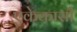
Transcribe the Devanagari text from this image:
एकेकासी